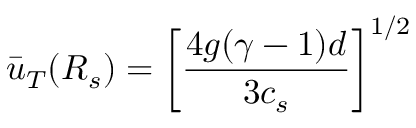
\bar { u } _ { T } ( { \cal R } _ { s } ) = \left[ \frac { 4 g ( \gamma - 1 ) d } { 3 c _ { s } } \right] ^ { 1 / 2 }